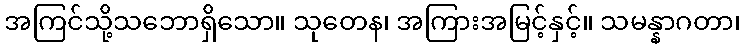
အကြင်သို့သဘောရှိသော။ သုတေန၊ အကြားအမြင့်နှင့်။ သမန္နာဂတာ၊